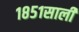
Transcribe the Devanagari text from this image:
१८५१साली